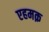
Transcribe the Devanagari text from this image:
एहमक़